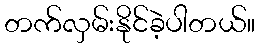
တက်လှမ်းနိုင်ခဲ့ပါတယ်။